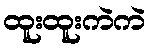
ထူးထူးကဲကဲ